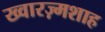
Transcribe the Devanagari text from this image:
ख्वारज़्मशाह